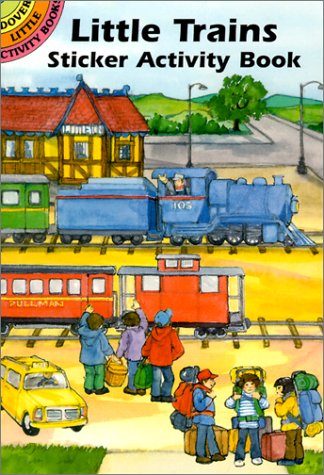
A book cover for Little Trains Sticker Activity Book (Dover Little Activity Books Stickers); Carolyn Ewing; Children's Books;